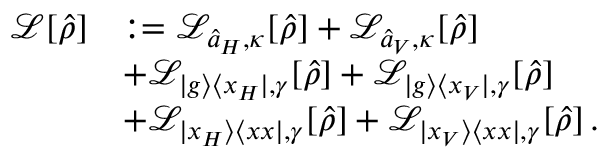
\begin{array} { r l } { \mathcal { L } [ \hat { \rho } ] } & { : = \mathcal { L } _ { \hat { a } _ { H } , \kappa } [ \hat { \rho } ] + \mathcal { L } _ { \hat { a } _ { V } , \kappa } [ \hat { \rho } ] } \\ & { + \mathcal { L } _ { \vert g \rangle \langle x _ { H } \vert , \gamma } [ \hat { \rho } ] + \mathcal { L } _ { \vert g \rangle \langle x _ { V } \vert , \gamma } [ \hat { \rho } ] } \\ & { + \mathcal { L } _ { \vert x _ { H } \rangle \langle x x \vert , \gamma } [ \hat { \rho } ] + \mathcal { L } _ { \vert x _ { V } \rangle \langle x x \vert , \gamma } [ \hat { \rho } ] \, . } \end{array}